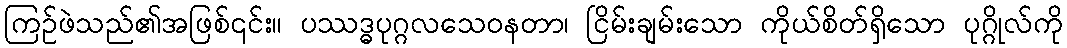
ကြဉ်ဖဲသည်၏အဖြစ်၎င်း။ ပဿဒ္ဓပုဂ္ဂလသေဝနတာ၊ ငြိမ်းချမ်းသော ကိုယ်စိတ်ရှိသော ပုဂ္ဂိုလ်ကို